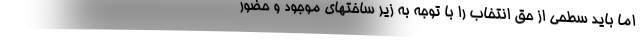
اما باید سطحی از حق انتخاب را با توجه به زیر ساختهای موجود و حضور